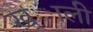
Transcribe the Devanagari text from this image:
ख़्ाली